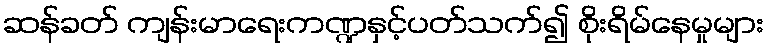
ဆန်ခတ် ကျန်းမာရေးကဏ္ဍနှင့်ပတ်သက်၍ စိုးရိမ်နေမှုများ